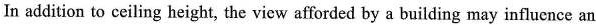
In addition to ceiling height, the view afforded by a building may influcnce an